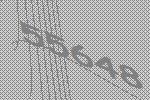
55648